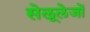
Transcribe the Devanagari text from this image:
सेलूलेजों